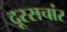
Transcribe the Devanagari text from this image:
दूरसचांर